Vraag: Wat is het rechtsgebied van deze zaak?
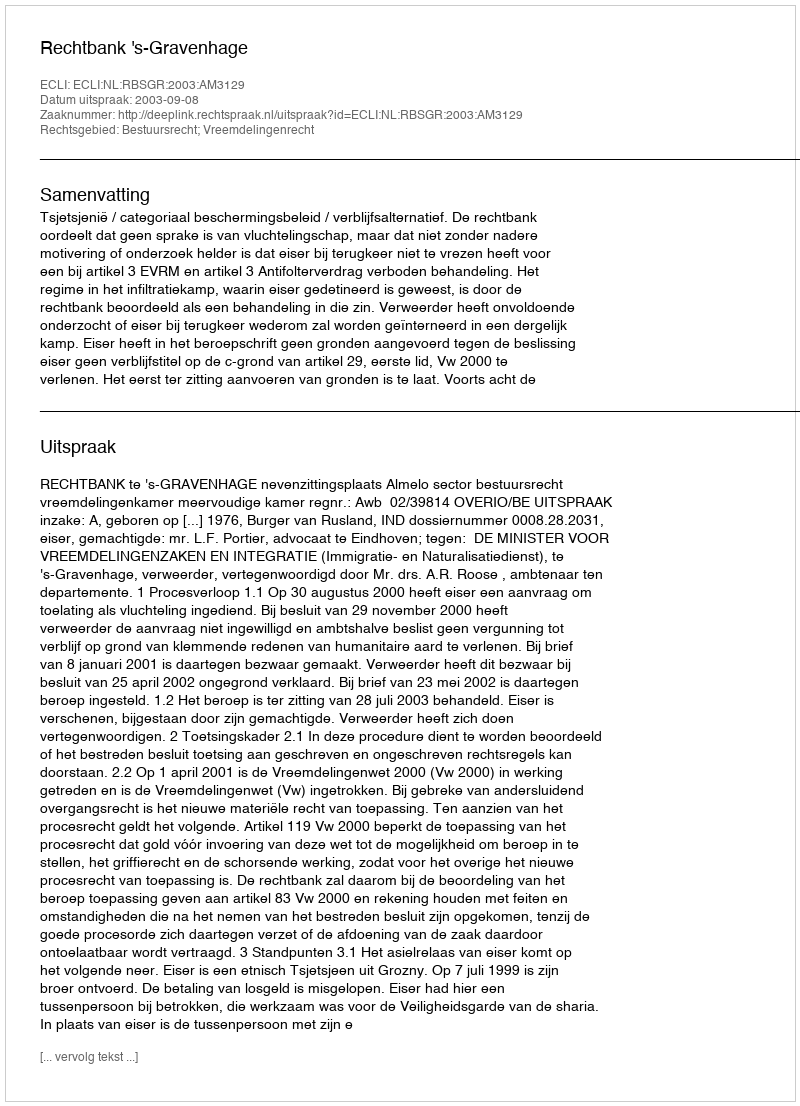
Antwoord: Bestuursrecht; Vreemdelingenrecht